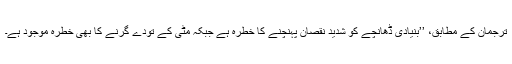
ترجمان کے مطابق، ’’بنیادی ڈھانچے کو شدید نقصان پہنچنے کا خطرہ ہے جبکہ مٹی کے تودے گرنے کا بھی خطرہ موجود ہے۔